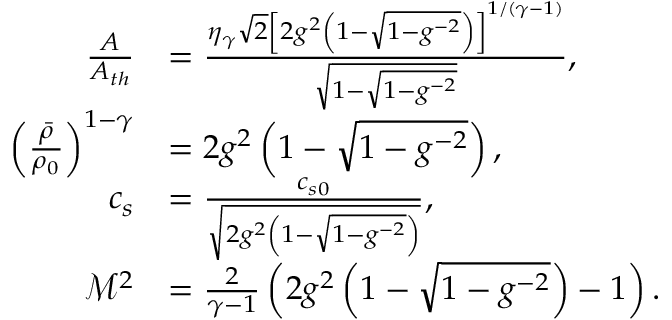
\begin{array} { r l } { \frac { A } { A _ { t h } } } & { = \frac { \eta _ { \gamma } \sqrt { 2 } \left[ 2 g ^ { 2 } \left( 1 - \sqrt { 1 - g ^ { - 2 } } \right) \right] ^ { 1 / ( \gamma - 1 ) } } { \sqrt { 1 - \sqrt { 1 - g ^ { - 2 } } } } , } \\ { \left( \frac { \bar { \rho } } { \rho _ { 0 } } \right) ^ { 1 - \gamma } } & { = 2 g ^ { 2 } \left( 1 - \sqrt { 1 - g ^ { - 2 } } \right) , } \\ { c _ { s } } & { = \frac { c _ { s 0 } } { \sqrt { 2 g ^ { 2 } \left( 1 - \sqrt { 1 - g ^ { - 2 } } \right) } } , } \\ { \mathcal { M } ^ { 2 } } & { = \frac { 2 } { \gamma - 1 } \left( 2 g ^ { 2 } \left( 1 - \sqrt { 1 - g ^ { - 2 } } \right) - 1 \right) . } \end{array}